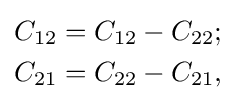
{\begin{aligned}C_{12}&=C_{12}-C_{22};\\C_{21}&=C_{22}-C_{21},\end{aligned}}